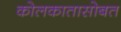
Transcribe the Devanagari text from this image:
कोलकातासोबत